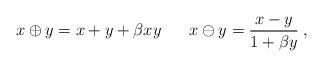
LaTeX: \begin{align*}x\oplus y=x+y+\beta xy\;\;\;\;\;\;x\ominus y=\frac{x-y}{1+\beta y}\;, \end{align*}